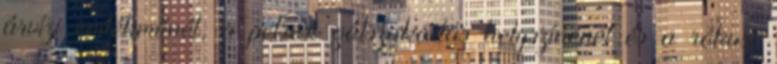
árvízi emlékműnél, a petresi gátszakadás helyszínénél és a rókusi